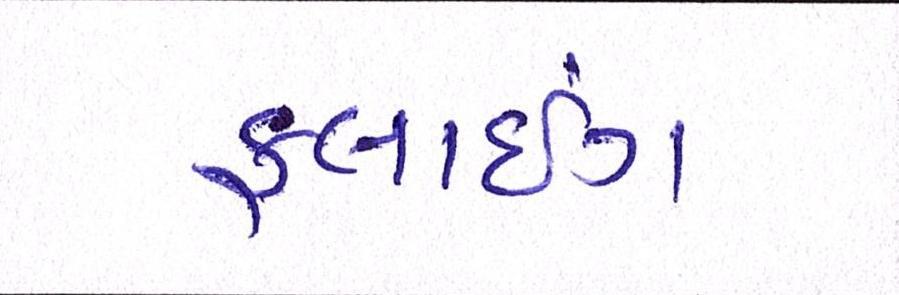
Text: ફ્લાઇંગ